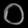
Digit: ၀